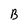
Character: B